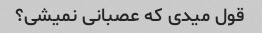
قول میدی که عصبانی نمیشی؟